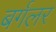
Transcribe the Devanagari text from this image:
बर्गलर